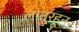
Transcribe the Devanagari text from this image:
लातूरहून